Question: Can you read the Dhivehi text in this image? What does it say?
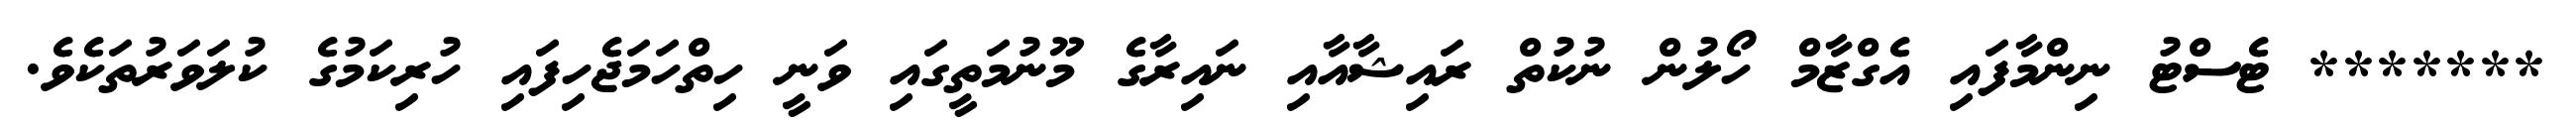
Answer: ******* ޓެސްޓު ނިންމާފައި އެގްޒާމް ހޯލުން ނުކުތް ރައިޝާއާއި ނައިރާގެ މޫނުމަތީގައި ވަނީ ހިތްހަމަޖެހިފައި ހުރިކަމުގެ ކުލަވަރުތަކެވެ.